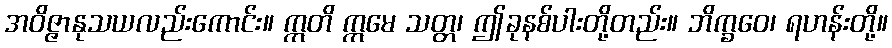
အဝိဇ္ဇာနုသယလည်းကောင်း။ ဣတိ ဣမေ သတ္တ၊ ဤခုနစ်ပါးတို့တည်း။ ဘိက္ခဝေ၊ ရဟန်းတို့။